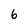
Character: 6